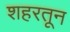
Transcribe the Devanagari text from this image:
शहरतून